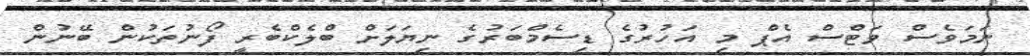
ނަމަވެސް ވަޓްސް އެޕް މި އަހުރުގެ ޑިސެމްބަރުގެ ނިޔަލަށް ބްލެކްބެރީ ފޯނުތަކުން ބޭނުން